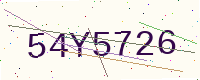
Text: 54Y5726